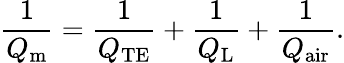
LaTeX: \frac{1}{Q_{\mathrm{m}}}=\frac{1}{Q_{\mathrm{TE}}}+\frac{1}{Q_{\mathrm{L}}}+\frac{1}{Q_{\mathrm{air}}}.